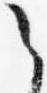
之